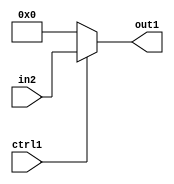
`timescale 1ps / 1ps
/*****************************************************************************
    Verilog RTL Description
    
    
    Created by: Stratus DpOpt 2019.1.01 
*******************************************************************************/

module bn_addr_gen_N_Mux_32_2_12_1 (
	in2,
	ctrl1,
	out1
	); /* architecture "behavioural" */ 
input [31:0] in2;
input  ctrl1;
output [31:0] out1;
wire [31:0] asc001;

reg [31:0] asc001_tmp_0;
assign asc001 = asc001_tmp_0;
always @ (ctrl1 or in2) begin
	case (ctrl1)
		1'B1 : asc001_tmp_0 = in2 ;
		default : asc001_tmp_0 = 32'B00000000000000000000000000000000 ;
	endcase
end

assign out1 = asc001;
endmodule

/* CADENCE  uLjwQw0= : u9/ySgnWtBlWxVPRXgAZ4Og= ** DO NOT EDIT THIS LINE ******/